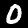
Digit: 0